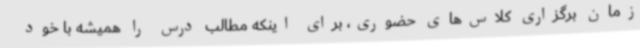
زمان برگزاری کلاس‌های حضوری، برای اینکه مطالب درس را همیشه با خود